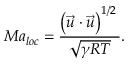
M { { a } _ { l o c } } = \frac { { { \left( \vec { u } \cdot \vec { u } \right) } ^ { { 1 } / { 2 } \; } } } { \sqrt { \gamma R T } } .